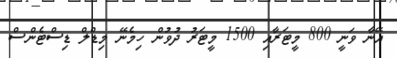
އޭނާ ވަނީ 800 މީޓަރާއި 1500 މީޓަރު ދުވުން ހިމެނޭ މިޑްލް ޑިސްޓެންސް